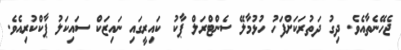
ޖެހޭނެތާއެވެ. ދިގު ދަތުރަކަށްފަހު ހުޅުމާލޭ ސެންޓްރަލް ޕާކު ކައިރީގައި ނައިޒަކް ސައިކަލު ޕާކްކުރިއެވެ.